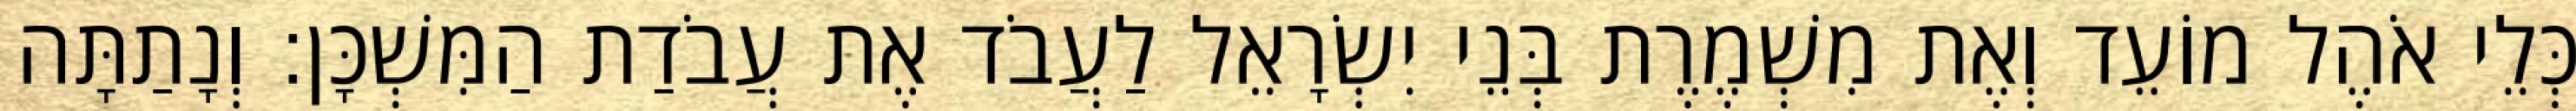
כְּלֵי אֹהֶל מוֹעֵד וְאֶת מִשְׁמֶרֶת בְּנֵי יִשְׂרָאֵל לַעֲבֹד אֶת עֲבֹדַת הַמִּשְׁכָּן׃ וְנָתַתָּה